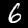
Digit: 6